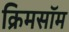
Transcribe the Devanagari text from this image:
क्रिमसॉम